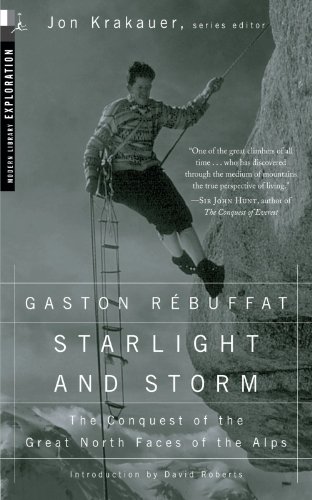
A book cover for Starlight and Storm (Modern Library Exploration); Gaston Rebuffat; History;